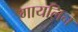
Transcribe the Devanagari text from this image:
गायलिन